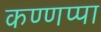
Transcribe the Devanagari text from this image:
कण्णप्पा